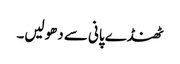
ٹھنڈے پانی سے دھولیں۔